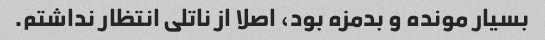
بسیار مونده و بدمزه بود، اصلا از ناتلی انتظار نداشتم.